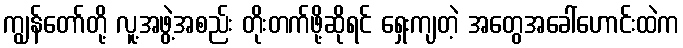
ကျွန်တော်တို့ လူ့အဖွဲ့အစည်း တိုးတက်ဖို့ဆိုရင် ရှေးကျတဲ့ အတွေအခေါ်ဟောင်းထဲက